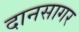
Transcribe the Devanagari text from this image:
दानसागर